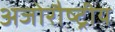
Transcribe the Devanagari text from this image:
अजोरौष्ट्रीय